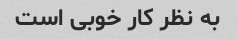
به نظر کار خوبی است